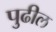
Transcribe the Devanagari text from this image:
पुुढील